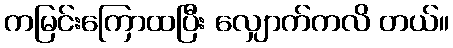
ကမြင်းကြောထပြီး လျှောက်ကလိ တယ်။